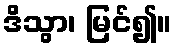
ဒိသွာ၊ မြင်၍။